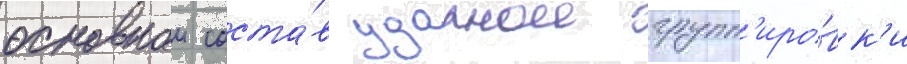
основнои соста́в ударнои групп'иро́вк'и